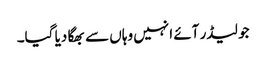
جو لیڈر آئے انہیں وہاں سے بھگا دیا گیا۔